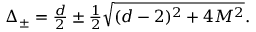
\textstyle \Delta _ { \pm } = \frac d 2 \pm \frac 1 2 \sqrt { ( d - 2 ) ^ { 2 } + 4 M ^ { 2 } } .